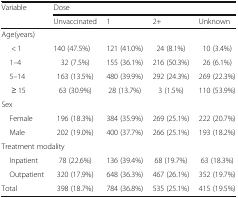
<table><thead><tr><td rowspan="2"><b>Variable</b></td><td colspan="4"><b>Dose</b></td></tr><tr><td><b>Unvaccinated</b></td><td><b>1</b></td><td><b>2+</b></td><td><b>Unknown</b></td></tr></thead><tbody><tr><td colspan="5">Age(years)</td></tr><tr><td>&lt; 1</td><td>140 (47.5%)</td><td>121 (41.0%)</td><td>24 (8.1%)</td><td>10 (3.4%)</td></tr><tr><td> 1–4</td><td>32 (7.5%)</td><td>155 (36.1%)</td><td>216 (50.3%)</td><td>26 (6.1%)</td></tr><tr><td> 5–14</td><td>163 (13.5%)</td><td>480 (39.9%)</td><td>292 (24.3%)</td><td>269 (22.3%)</td></tr><tr><td>≥ 15</td><td>63 (30.9%)</td><td>28 (13.7%)</td><td>3 (1.5%)</td><td>110 (53.9%)</td></tr><tr><td colspan="5">Sex</td></tr><tr><td> Female</td><td>196 (18.3%)</td><td>384 (35.9%)</td><td>269 (25.1%)</td><td>222 (20.7%)</td></tr><tr><td> Male</td><td>202 (19.0%)</td><td>400 (37.7%)</td><td>266 (25.1%)</td><td>193 (18.2%)</td></tr><tr><td colspan="5">Treatment modality</td></tr><tr><td> Inpatient</td><td>78 (22.6%)</td><td>136 (39.4%)</td><td>68 (19.7%)</td><td>63 (18.3%)</td></tr><tr><td> Outpatient</td><td>320 (17.9%)</td><td>648 (36.3%)</td><td>467 (26.1%)</td><td>352 (19.7%)</td></tr><tr><td>Total</td><td>398 (18.7%)</td><td>784 (36.8%)</td><td>535 (25.1%)</td><td>415 (19.5%)</td></tr></tbody></table>